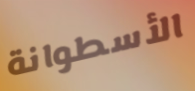
الأسطوانة